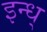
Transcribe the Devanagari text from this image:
इन्ध्‌